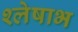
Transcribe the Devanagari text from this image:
श्लेषाभ